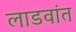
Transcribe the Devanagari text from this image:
लाडवांत